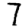
Digit: 7